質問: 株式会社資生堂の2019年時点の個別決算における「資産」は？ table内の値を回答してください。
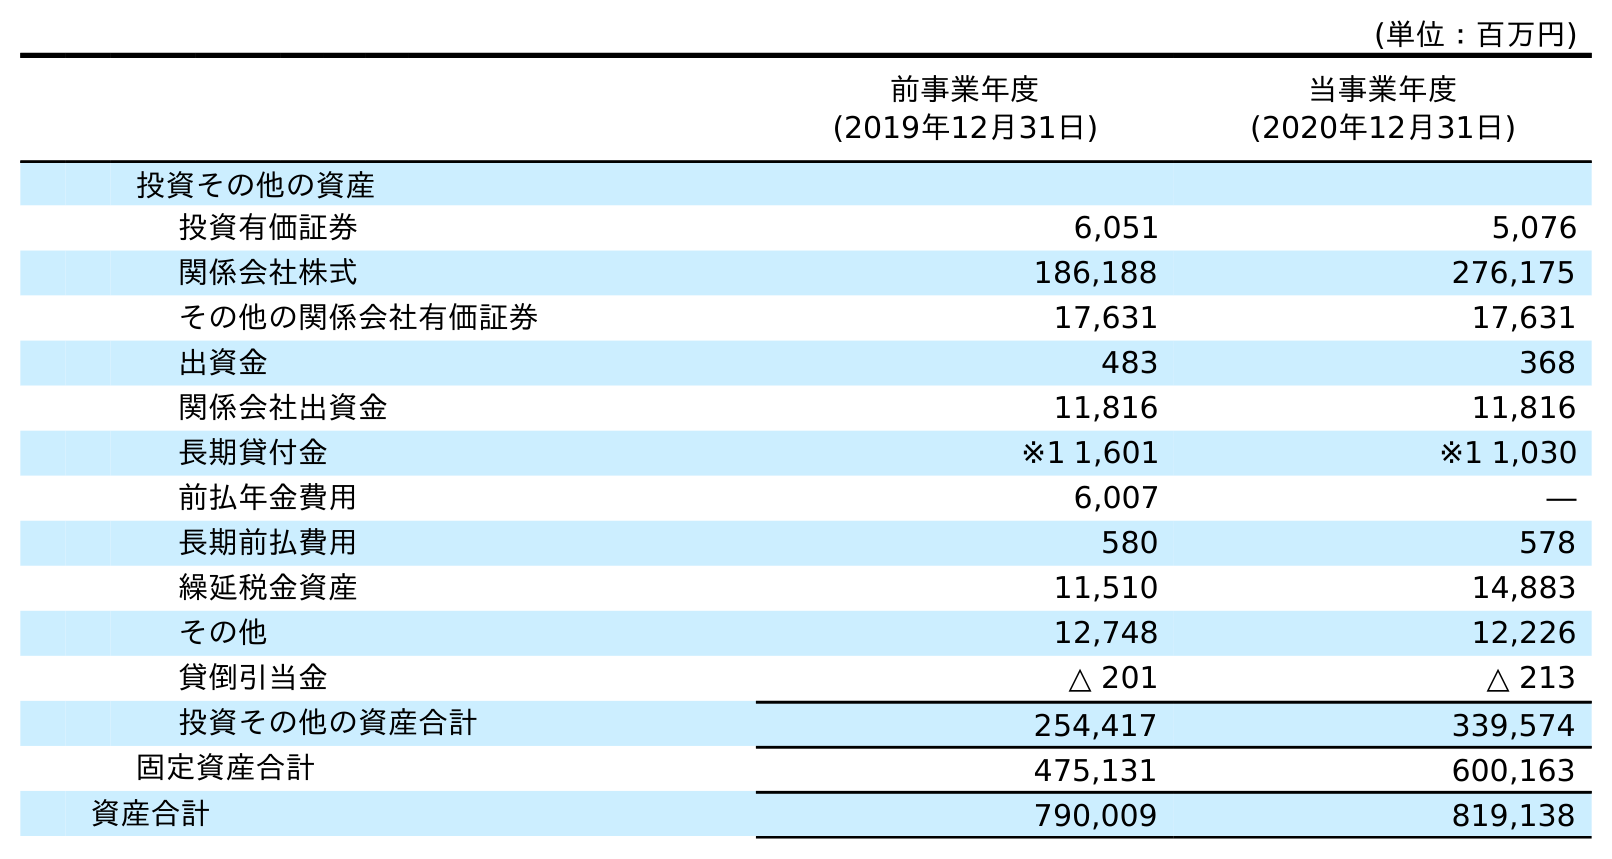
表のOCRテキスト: (単位：百万円) 前事業年度 (2019年12月31日) 当事業年度 (2020年12月31日) 投資その他の資産 投資有価証券 6,051 5,076 関係会社株式 186,188 276,175 その他の関係会社有価証券 17,631 17,631 出資金 483 368 関係会社出資金 11,816 11,816 長期貸付金 ※1 1,601 ※1 1,030 前払年金費用 6,007 ― 長期前払費用 580 578 繰延税金資産 11,510 14,883 その他 12,748 12,226 貸倒引当金 △ 201 △ 213 投資その他の資産合計 254,417 339,574 固定資産合計 475,131 600,163 資産合計 790,009 819,138
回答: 790,009